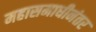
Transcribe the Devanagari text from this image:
महासमाधीनंतर